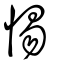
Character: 惕